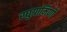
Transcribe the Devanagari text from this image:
रघुग्रामिणी